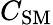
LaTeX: C_{\mathrm{SM}}